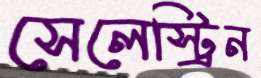
সেলেস্ট্রিন